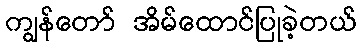
ကျွန်တော် အိမ်ထောင်ပြုခဲ့တယ်